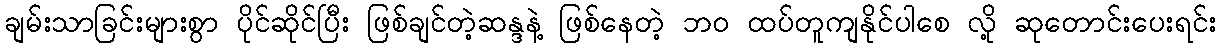
ချမ်းသာခြင်းများစွာ ပိုင်ဆိုင်ပြီး ဖြစ်ချင်တဲ့ဆန္ဒနဲ့ ဖြစ်နေတဲ့ ဘ၀ ထပ်တူကျနိုင်ပါစေ လို့ ဆုတောင်းပေးရင်း